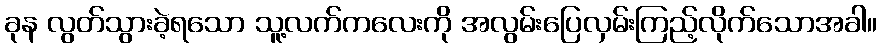
ခုန လွတ်သွားခဲ့ရသော သူ့လက်ကလေးကို အလွမ်းပြေလှမ်းကြည့်လိုက်သောအခါ။